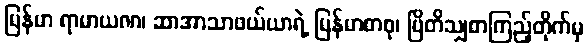
မြန်မာ ရာမာယဏ၊ ဆာအာသာဖယ်ယာရဲ့ မြန်မာစာစု၊ ဗြိတိသျှစာကြည့်တိုက်မှ